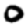
Digit: 0